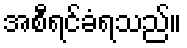
အစီရင်ခံရသည်။